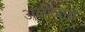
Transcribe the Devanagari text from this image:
अलीबाग़